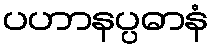
ပဟာနပ္ပဓာနံ